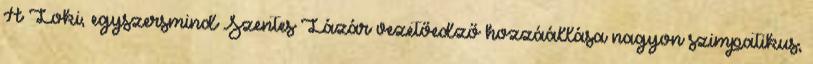
A Loki, egyszersmind Szentes Lázár vezetőedző hozzáállása nagyon szimpatikus,